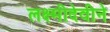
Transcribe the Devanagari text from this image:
लक्ष्मीदेवीने